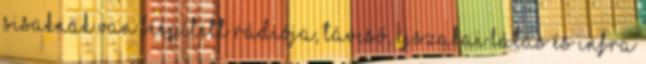
sisaknak van beépített rádiója, távcső, éjszakai látás és infra